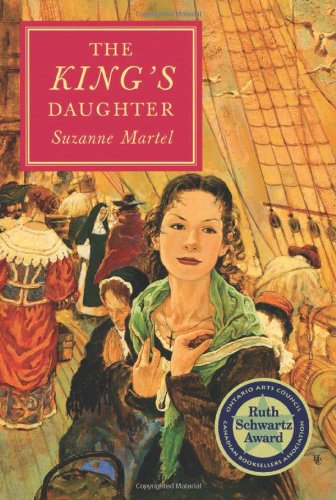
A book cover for The King's Daughter; Suzanne Martel; Children's Books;